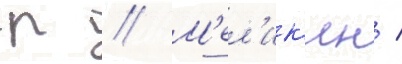
р // М'ел'ик'ян /